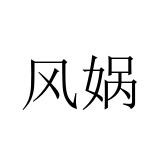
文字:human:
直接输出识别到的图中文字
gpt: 风娲